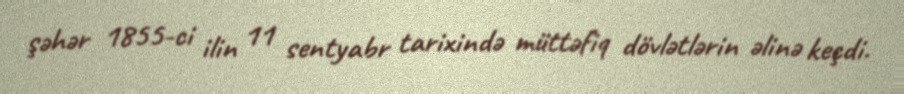
şəhər 1855-ci ilin 11 sentyabr tarixində müttəfiq dövlətlərin əlinə keçdi.